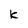
Character: k